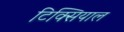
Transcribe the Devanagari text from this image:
टिक्सियाल